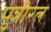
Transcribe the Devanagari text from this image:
पुत्रीरत्न